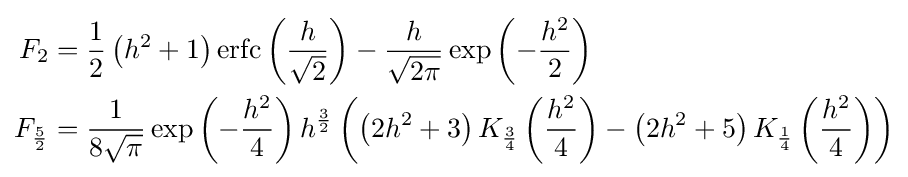
{\begin{aligned}F_{2}&={\frac {1}{2}}\left(h^{2}+1\right)\operatorname {erfc} \left({\frac {h}{\sqrt {2}}}\right)-{\frac {h}{\sqrt {2\pi }}}\exp \left(-{\frac {h^{2}}{2}}\right)\\F_{\frac {5}{2}}&={\frac {1}{8{\sqrt {\pi }}}}\exp \left(-{\frac {h^{2}}{4}}\right)h^{\frac {3}{2}}\left(\left(2h^{2}+3\right)K_{\frac {3}{4}}\left({\frac {h^{2}}{4}}\right)-\left(2h^{2}+5\right)K_{\frac {1}{4}}\left({\frac {h^{2}}{4}}\right)\right)\end{aligned}}